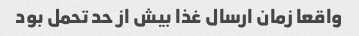
واقعا زمان ارسال غذا بیش از حد تحمل بود